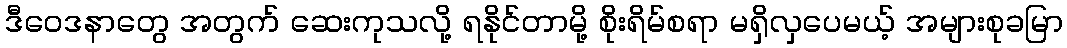
ဒီဝေဒနာတွေ အတွက် ဆေးကုသလို့ ရနိုင်တာမို့ စိုးရိမ်စရာ မရှိလှပေမယ့် အများစုခမြာ